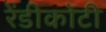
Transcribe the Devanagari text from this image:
रेंडीकोंटी